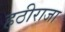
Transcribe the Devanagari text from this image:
हठीराजा